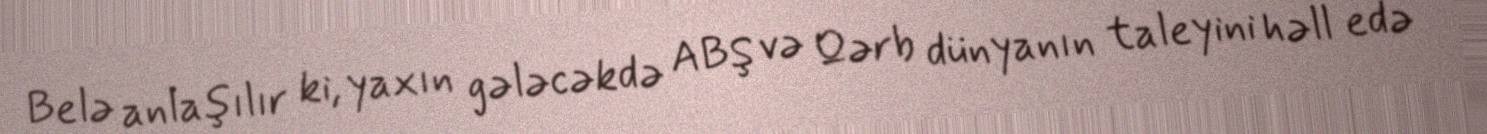
Belə anlaşılır ki, yaxın gələcəkdə ABŞ və Qərb dünyanın taleyini həll edə